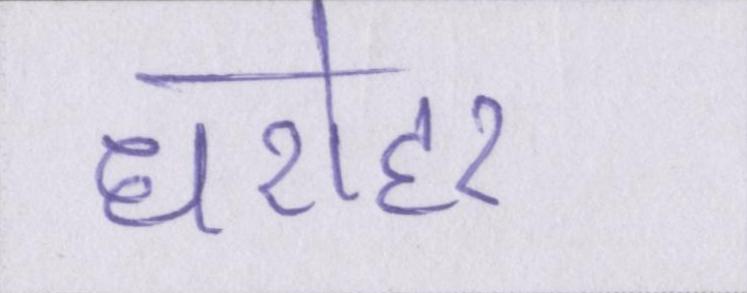
धरोहर